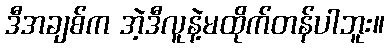
ဒီအချစ်က အဲ့ဒီလူနဲ့မထိုက်တန်ပါဘူး။